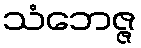
သံဘေဇ္ဇ